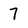
Character: 7